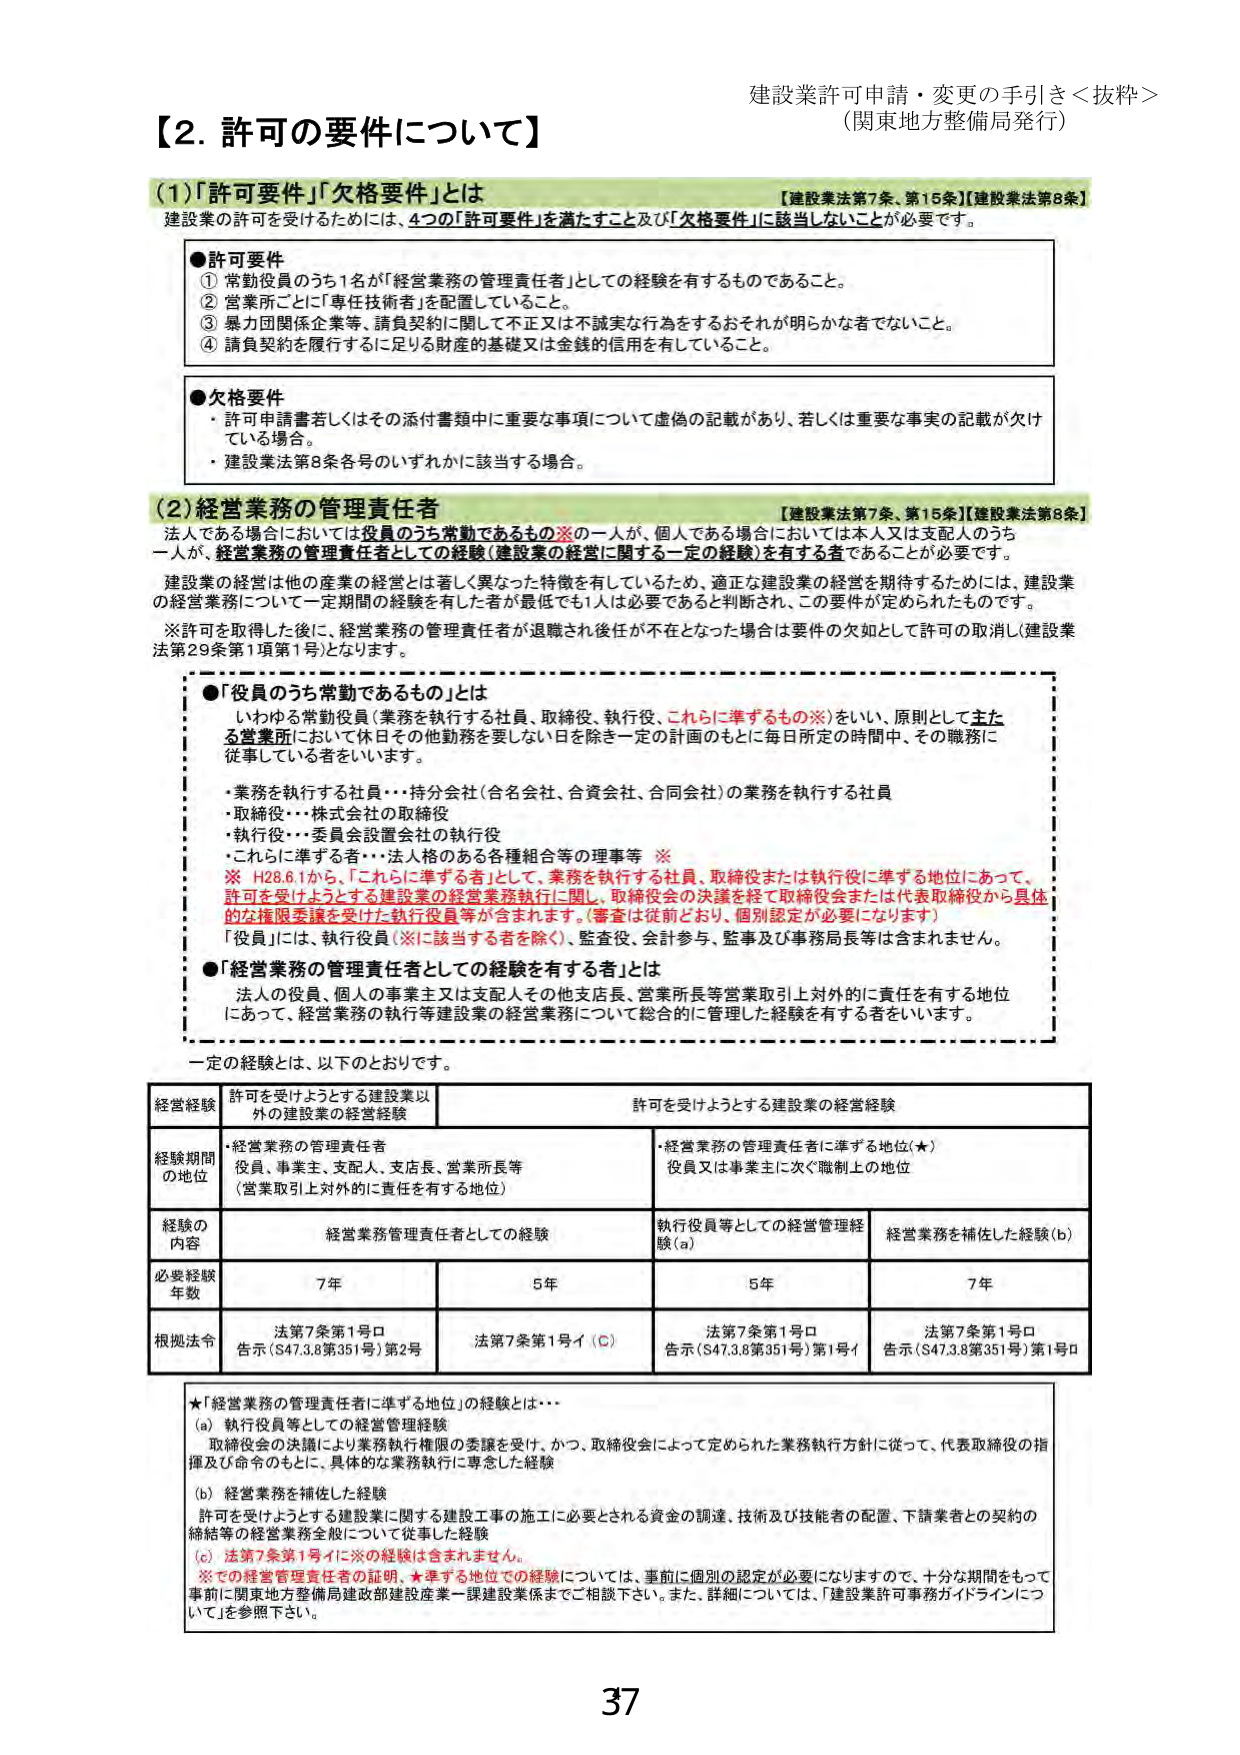
建設業許可申請・変更の手引き＜抜粋＞
（関東地方整備局発行）

【2. 許可の要件について】

(1)「許可要件」「欠格要件」とは
【建設業法第7条、第15条】【建設業法第8条】
建設業の許可を受けるためには、4つの「許可要件」を満たすこと及び「欠格要件」に該当しないことが必要です。

●許可要件
① 常勤役員のうち1名が「経営業務の管理責任者」としての経験を有するものであること。
② 営業所ごとに「専任技術者」を配置していること。
③ 暴力団関係企業等、請負契約に関して不正又は不誠実な行為をするおそれが明らかな者でないこと。
④ 請負契約を履行するに足りる財産の基礎又は金銭的信用を有していること。

●欠格要件
・ 許可申請書若しくはその添付書類中に重要な事項について虚偽の記載があり、若しくは重要な事実の記載が欠けている場合。
・ 建設業法第8条各号のいずれかに該当する場合。

(2)経営業務の管理責任者
【建設業法第7条、第15条】【建設業法第8条】
法人である場合においては役員のうち常勤であるもの※の一人が、個人である場合においては本人又は支配人のうち一人が、経営業務の管理責任者としての経験（建設業の経営に関する一定の経験）を有する者であることが必要です。
建設業の経営は他の産業の経営とは著しく異なった特徴を有しているため、適正な建設業の経営を期待するためには、建設業の経営業務について一定期間の経験を有した者が最低でも1人は必要であると判断され、この要件が定められたものです。
※許可を取得した後に、経営業務の管理責任者が退職され後任が不在となった場合は要件の欠如として許可の取消し（建設業法第29条第1項第1号）となります。

●「役員のうち常勤であるもの」とは
いわゆる常勤役員（業務を執行する社員、取締役、執行役、これらに準ずるもの※）をいい、原則として主たる営業所において休日その他勤務を要しない日を除き一定の計画のもとに毎日所定の時間中、その職務に従事している者をいいます。
・ 業務を執行する社員・・・持分会社（合名会社、合資会社、合同会社）の業務を執行する社員
・ 取締役・・・株式会社の取締役
・ 執行役・・・委員会設置会社の執行役
・ これらに準ずる者・・・法人格のある各種組合等の理事等 ※
※ H28.6.1から、「これらに準ずる者」として、業務を執行する社員、取締役または執行役に準ずる地位にあって、許可を受けようとする建設業の経営業務執行に関し、取締役会の決議を経て取締役会または代表取締役から具体的な権限委譲を受けた執行役員等が含まれます。（審査は従前どおり、個別認定が必要になります）
「役員」には、執行役員（※に該当する者を除く）、監査役、会計参与、監事及び事務局長等は含まれません。

●「経営業務の管理責任者としての経験を有する者」とは
法人の役員、個人の事業主又は支配人その他支店長、営業所長等営業取引上対外的に責任を有する地位にあって、経営業務の執行等建設業の経営業務について総合的に管理した経験を有する者をいいます。

一定の経験とは、以下のとおりです。

| 経営経験 | 許可を受けようとする建設業以外の建設業の経営経験 | 許可を受けようとする建設業の経営経験 |
|----------|-----------------------------------------------|--------------------------------------|
| 経験期間の地位 | ・経営業務の管理責任者<br>役員、事業主、支配人、支店長、営業所長等<br>（営業取引上対外的に責任を有する地位） | ・経営業務の管理責任者に準ずる地位（★）<br>役員又は事業主に次ぐ職制上の地位 |
| 経験の内容 | 経営業務管理責任者としての経験 | 執行役員等としての経営管理経験（a） | 経営業務を補佐した経験（b） |
| 必要経験年数 | 7年 | 5年 | 5年 | 7年 |
| 根拠法令 | 法第7条第1号ロ<br>告示（S47.3.8第351号）第2号 | 法第7条第1号イ（C） | 法第7条第1号ロ<br>告示（S47.3.8第351号）第1号イ | 法第7条第1号ロ<br>告示（S47.3.8第351号）第1号ロ |

★「経営業務の管理責任者に準ずる地位」の経験とは…
(a) 執行役員等としての経営管理経験
　取締役会の決議により業務執行権限の委譲を受け、かつ、取締役会によって定められた業務執行方針に従って、代表取締役の指揮及び命令のもとに、具体的な業務執行に専念した経験
(b) 経営業務を補佐した経験
　許可を受けようとする建設業に関する建設工事の施工に必要とされる資金の調達、技術及び技能者の配置、下請業者との契約の締結等の経営業務全般について従事した経験
(c) 法第7条第1号イに※の経験は含まれません。
※その経営管理責任者の証明、★準ずる地位での経験については、事前に個別の認定が必要になりますので、十分な期間をもって事前に関東地方整備局建設部建設産業一課建設業係までご相談下さい。また、詳細については、「建設業許可事務ガイドラインについて」を参照下さい。

37